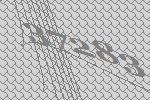
37283